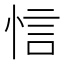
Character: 𢚘